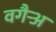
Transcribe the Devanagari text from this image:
वगैर्‍अ